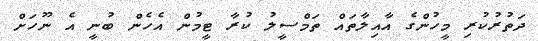
ދަތުރުކުރި މީހުންގެ އާއިލާތައް ތަމްސީލު ކުރާ ޓީމުން އެހެން ބުނީ އެ ނޫހަށް